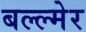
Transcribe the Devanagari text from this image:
बल्ल्मेर